Indian journal of veterinary science and animal husbandry - Volumes 15-17, 1948-1951
Year: 1948
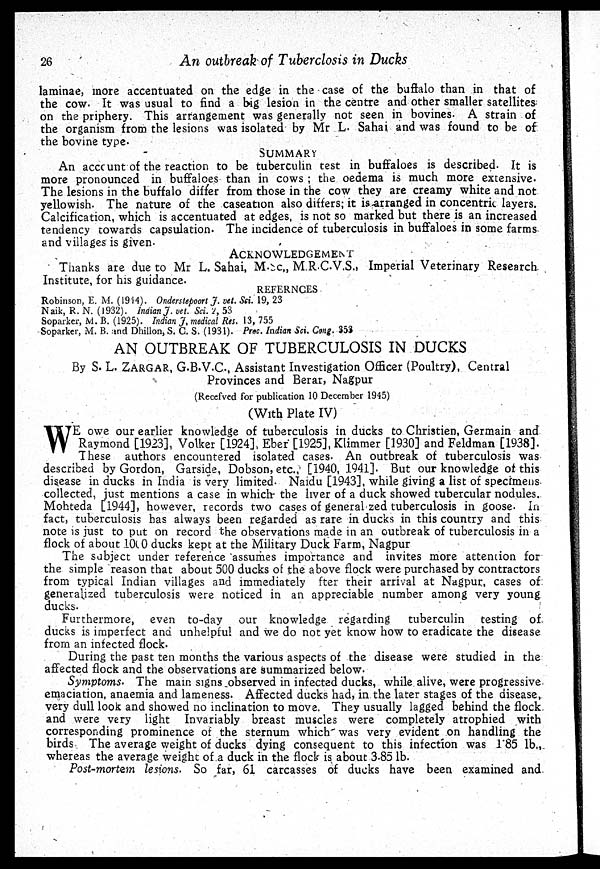
26
An outbreak of Tuberclosis in Ducks
laminae, more accentuated on the edge in the case of the buffalo than in that of
the cow. It was usual to find a big lesion in the centre and other smaller satellites
on the priphery. This arrangement was generally not seen in bovines. A strain of
the organism from the lesions was isolated by Mr L. Sahai and was found to be of
the bovine type.
SUMMARY
An account of the reaction to be tuberculin test in buffaloes is described. It is
more pronounced in buffaloes than in cows ; the oedema is much more extensive.
The lesions in the buffalo differ from those in the cow they are creamy white and not
yellowish. The nature of the caseation also differs; it is arranged in concentric layers.
Calcification, which is accentuated at edges, is not so marked but there is an increased
tendency towards capsulation. The incidence of tuberculosis in buffaloes in some farms
and villages is
given.
ACKNOWLEDGEMENT
Thanks are due to Mr L. Sahai, M.Sc., M.R.C.V.S., Imperial Veterinary Research
Institute, for his guidance.
REFERNCES
Robinson, E. M. (1914). Onderstepoort J. vet. Sci. 19, 23
Naik, R. N. (1932). Indian J. vet. Sci. 2, 53
Soparker, M. B. (1925). Indian J. medical Res. 13, 755
Soparker, M. B. and Dhillon, S. C. S. (1931). Proc. Indian Sci. Cong. 353
AN OUTBREAK OF TUBERCULOSIS IN DUCKS
By S. L. ZARGAR, G.B.V.C., Assistant Investigation Officer (Poultry), Central
Provinces and Berar, Nagpur
(Recefved for publication 10 December 1945)
(With Plate IV)
W E owe our earlier knowledge of tuberculosis in ducks to Christien, Germain and
Raymond [1923], Volker [1924], Eber [1925], Klimmer [1930] and Feldman [1938].
These authors encountered isolated cases. An outbreak of tuberculosis was
described by Gordon, Garside, Dobson, etc., [1940, 1941]. But our knowledge of this
disease in ducks in India is very limited. Naidu [1943], while giving a list of specimens
collected, just mentions a case in which the liver of a duck showed tubercular nodules.
Mohteda [1944], however, records two cases of generalized tuberculosis in goose. In
fact, tuberculosis has always been regarded as rare in ducks in this country and this
note is just to put on record the observations made in an outbreak of tuberculosis in a
flock of about 1000 ducks kept at the Military Duck Farm, Nagpur
The subject under reference assumes importance and invites more attention for
the simple reason that about 500 ducks of the above flock were purchased by contractors
from typical Indian villages and immediately after their arrival at Nagpur, cases of
generalized tuberculosis were noticed in an appreciable number among very young
ducks.
Furthermore, even to-day our knowledge regarding
tuberculin testing of
ducks is imperfect and unhelpful and we do not yet know how to eradicate the disease
from an infected flock.
During the past ten months the various aspects of the disease were studied in the
affected flock and the observations are summarized below.
Symptoms. The main signs observed in infected ducks, while alive, were progressive
emaciation, anaemia and lameness. Affected ducks had, in the later stages of the disease,
very dull look and showed no inclination to move. They usually lagged behind the flock
and were very light Invariably breast muscles were completely atrophied with
corresponding prominence of the sternum which was very evident on handling the
birds. The average weight of ducks dying consequent to this infection was 1.85 lb.,
whereas the average weight of a duck in the flock is about 3.85 lb.
Post-mortem lesions. So far, 61 carcasses of ducks have been examined and